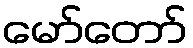
မော်တော်